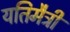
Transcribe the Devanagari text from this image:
यतिमैत्री